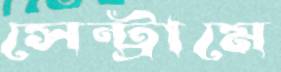
সেন্ট্রামে